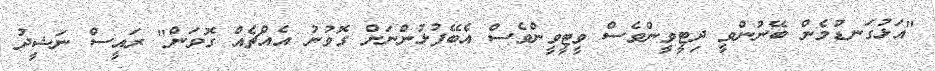
"އަޅުގަނޑުމެން ބޭނުންވީ ދިޓީވީންވެސް ވީޓީވީންވެސް އެބޭފުޅުންނަށް ގޮވުނު އެއްޗެއް ގޮވަން" ރައީސް ނަޝީދު